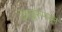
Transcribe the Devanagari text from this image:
बेंगळूरूपासून